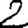
Digit: 2